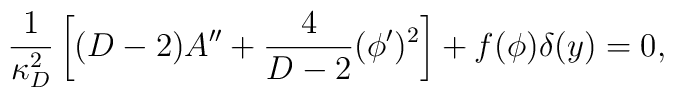
{1\over{\kappa^2_D}}\left[(D-2)A^{\prime\prime}+{4\over{D-2}}(\phi^{\prime})^2\right]+f(\phi)\delta(y)=0,